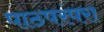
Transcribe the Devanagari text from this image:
पाठपरंपरा